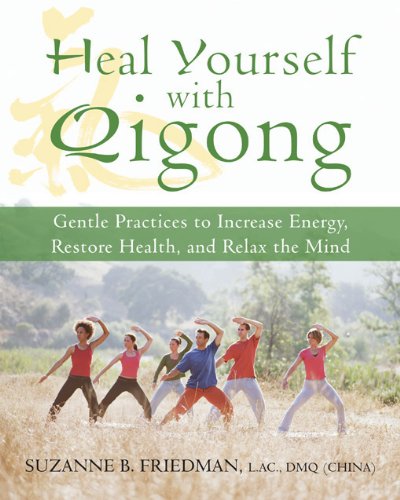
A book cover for Heal Yourself with Qigong: Gentle Practices to Increase Energy, Restore Health, and Relax the Mind; Suzanne Friedman LaC  DMQ; Health, Fitness & Dieting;